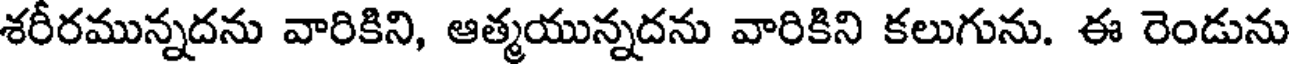
శరీరమున్నదను వారికిని, ఆత్మయున్నదను వారికిని కలుగును. ఈ రెండును